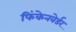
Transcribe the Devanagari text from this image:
फिंकेनवेर्डर